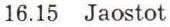
16.15 Jaostot